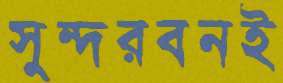
সুন্দরবনই